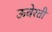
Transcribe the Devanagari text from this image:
ऊवेरती